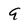
Character: 9